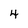
Character: 4